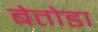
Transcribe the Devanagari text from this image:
बेतोडा